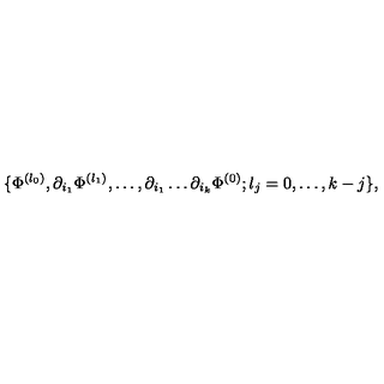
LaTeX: \{ \Phi ^ { ( l _ { 0 } ) } , \partial _ { i _ { 1 } } \Phi ^ { ( l _ { 1 } ) } , \ldots , \partial _ { i _ { 1 } } \dots \partial _ { i _ { k } } \Phi ^ { ( 0 ) } ; l _ { j } = 0 , \ldots , k - j \} ,